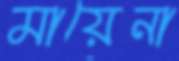
মায়েনা